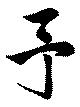
予